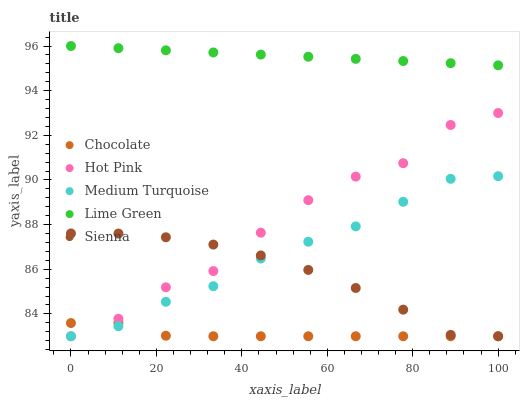
| xaxis_label | Chocolate | Hot Pink | Medium Turquoise | Lime Green | Sienna |
 | --- | --- | --- | --- | --- | --- |
 | 0 | 83.6 | 83 | 83 | 96 | 87.6 |
 | 11.1 | 83.6 | 83.8 | 83.5 | 95.9 | 87.6 |
 | 22.2 | 83 | 85.2 | 84.5 | 95.8 | 87.4 |
 | 33.3 | 83 | 85.9 | 85.2 | 95.7 | 87.1 |
 | 44.4 | 83 | 87.6 | 86.5 | 95.6 | 86.6 |
 | 55.6 | 83 | 89.1 | 87.2 | 95.5 | 86 |
 | 66.7 | 83 | 90.2 | 87.9 | 95.4 | 85.2 |
 | 77.8 | 83 | 90.8 | 89 | 95.3 | 84.2 |
 | 88.9 | 83 | 92.5 | 90.1 | 95.2 | 83.1 |
 | 100 | 83 | 93 | 90.2 | 95.1 | 83 |